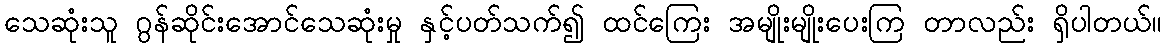
သေဆုံးသူ ဂွန်ဆိုင်းအောင်သေဆုံးမှု နှင့်ပတ်သက်၍ ထင်ကြေး အမျိုးမျိုးပေးကြ တာလည်း ရှိပါတယ်။